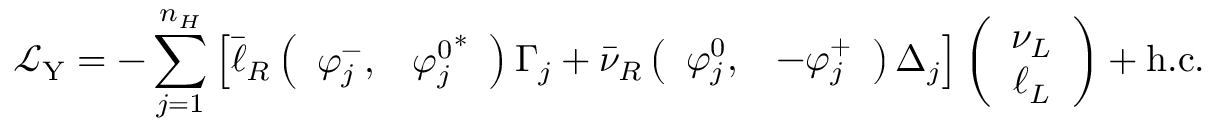
\mathcal { L } _ { \mathrm { Y } } = - \sum _ { j = 1 } ^ { n _ { H } } \left[ \bar { \ell } _ { R } \left( \begin{array} { c c } { { \varphi _ { j } ^ { - } , } } & { { { \varphi _ { j } ^ { 0 } } ^ { \ast } } } \end{array} \right) \Gamma _ { j } + \bar { \nu } _ { R } \left( \begin{array} { c c } { { \varphi _ { j } ^ { 0 } , } } & { { - \varphi _ { j } ^ { + } } } \end{array} \right) \Delta _ { j } \right] \left( \begin{array} { c } { { \nu _ { L } } } \\ { { \ell _ { L } } } \end{array} \right) + \mathrm { h . c . }